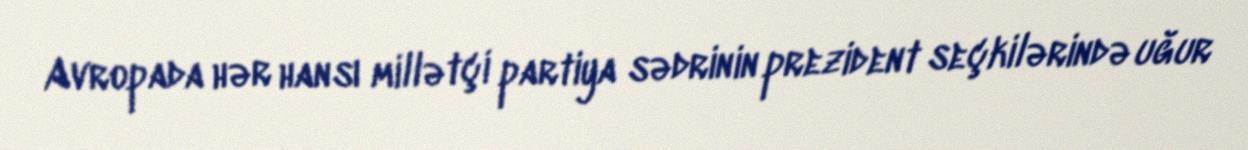
Avropada hər hansı millətçi partiya sədrinin prezident seçkilərində uğur